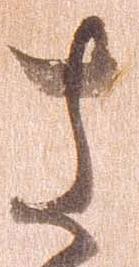
さ